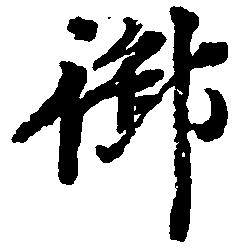
御